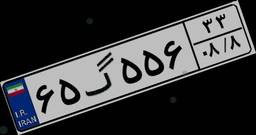
۳۸گ۳۸۲۲۱